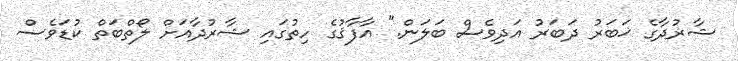
ޝާރުދާގެ ޚަބަރު ދަބަރު އަދިވެސް ބަލަން." އާފާޤުގެ ހިތުގައި ޝާރުދާއަށް ލޯތްބަތް ކުޑަވެސް